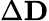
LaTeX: \Delta\mathbf{D}